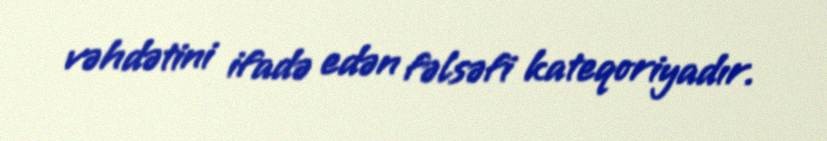
vəhdətini ifadə edən fəlsəfi kateqoriyadır.